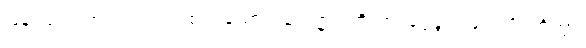
ဖြန့်ကြဲ၍။ အပရာယ၊ တစ်ပါးသော။ သုဝဏ္ဏပါတိယာ၊ ရွှေခွက်ဖြင့်။ ပိဒဟိတွာ၊